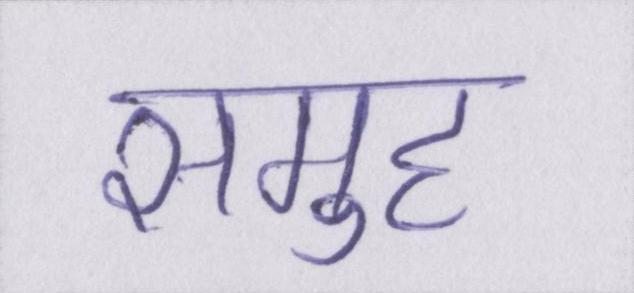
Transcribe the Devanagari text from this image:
समुह